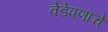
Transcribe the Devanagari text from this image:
वेडेपणाचे